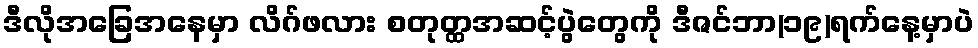
ဒီလိုအခြေအနေမှာ လိဂ်ဖလား စတုတ္ထအဆင့်ပွဲတွေကို ဒီဇင်ဘာ(၁၉)ရက်နေ့မှာပဲ